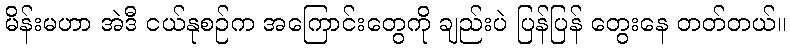
မိန်းမဟာ အဲဒီ ငယ်နုစဉ်က အကြောင်းတွေကို ချည်းပဲ ပြန်ပြန် တွေးနေ တတ်တယ်။